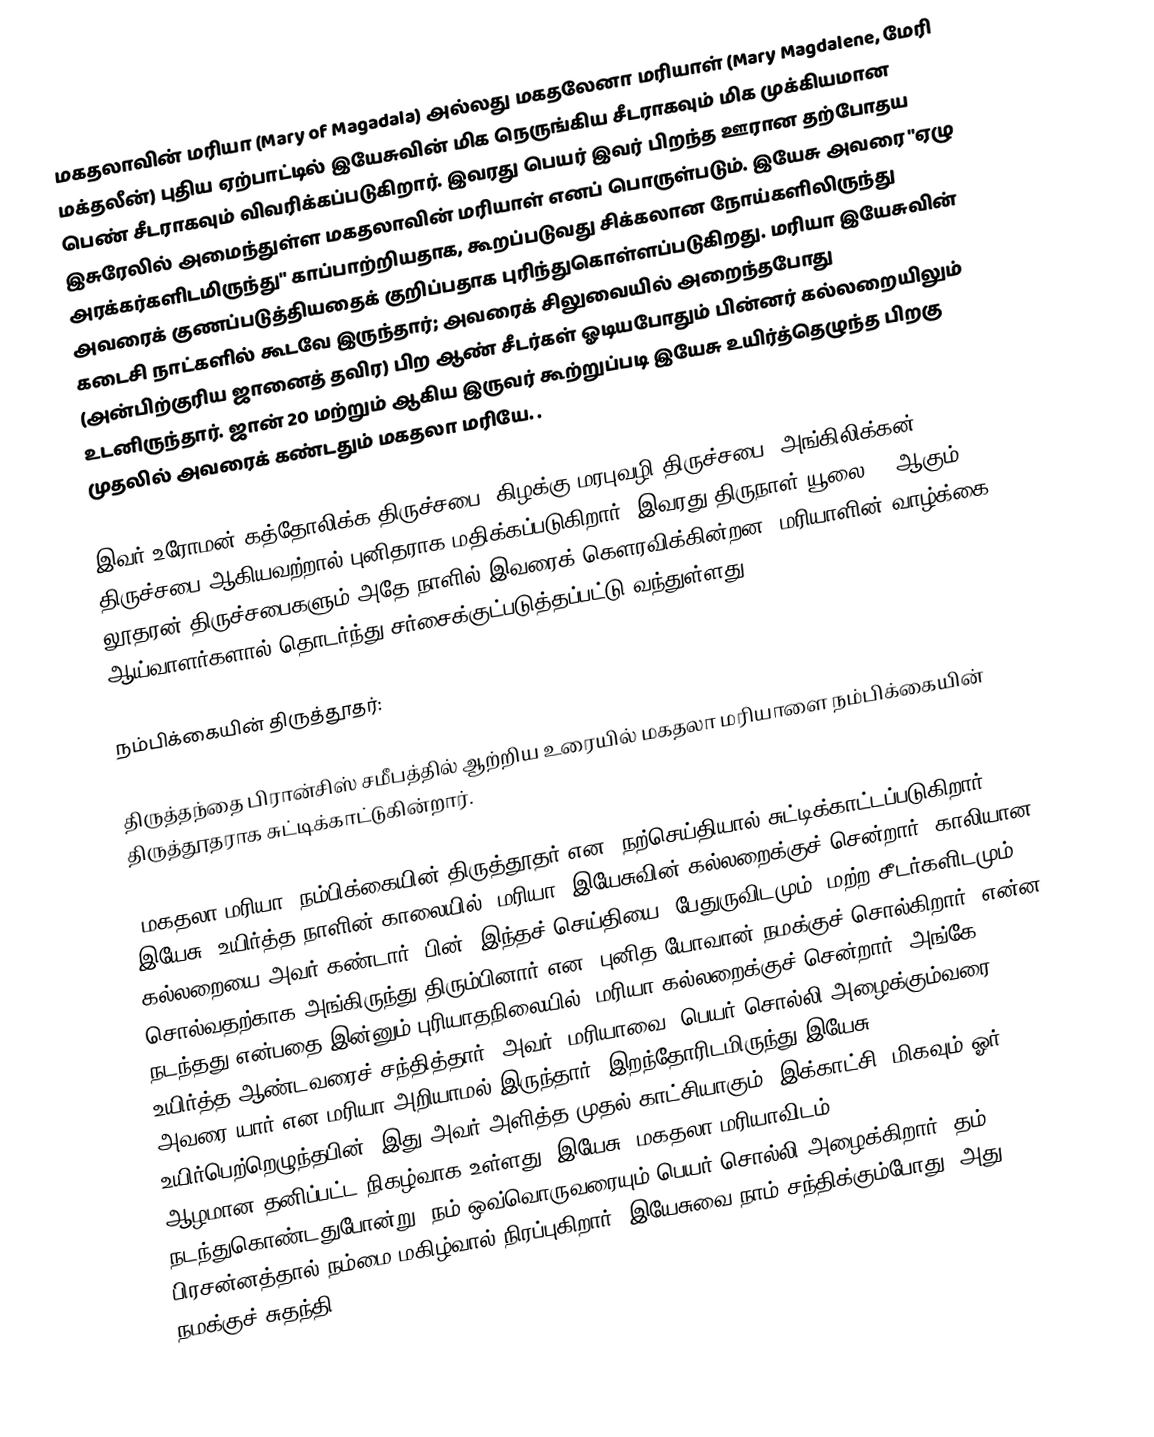
மகதலாவின் மரியா (Mary of Magadala) அல்லது மகதலேனா மரியாள் (Mary Magdalene, மேரி மக்தலீன்) புதிய ஏற்பாட்டில் இயேசுவின் மிக நெருங்கிய சீடராகவும் மிக முக்கியமான பெண் சீடராகவும் விவரிக்கப்படுகிறார். இவரது பெயர் இவர் பிறந்த ஊரான தற்போதய இசுரேலில் அமைந்துள்ள மகதலாவின் மரியாள் எனப் பொருள்படும். இயேசு அவரை  "ஏழு அரக்கர்களிடமிருந்து" காப்பாற்றியதாக,   கூறப்படுவது சிக்கலான நோய்களிலிருந்து அவரைக் குணப்படுத்தியதைக் குறிப்பதாக புரிந்துகொள்ளப்படுகிறது.  மரியா இயேசுவின் கடைசி நாட்களில் கூடவே இருந்தார்; அவரைக் சிலுவையில் அறைந்தபோது (அன்பிற்குரிய ஜானைத் தவிர) பிற ஆண் சீடர்கள் ஓடியபோதும் பின்னர் கல்லறையிலும் உடனிருந்தார்.  ஜான் 20  மற்றும்   ஆகிய இருவர் கூற்றுப்படி இயேசு  உயிர்த்தெழுந்த பிறகு முதலில் அவரைக் கண்டதும் மகதலா மரியே. .

இவர்  உரோமன் கத்தோலிக்க திருச்சபை, கிழக்கு மரபுவழி திருச்சபை, அங்கிலிக்கன் திருச்சபை ஆகியவற்றால்  புனிதராக மதிக்கப்படுகிறார். இவரது திருநாள் யூலை 22 ஆகும். லூதரன் திருச்சபைகளும் அதே நாளில் இவரைக் கௌரவிக்கின்றன.  மரியாளின் வாழ்க்கை ஆய்வாளர்களால் தொடர்ந்து சர்சைக்குட்படுத்தப்பட்டு வந்துள்ளது.

நம்பிக்கையின் திருத்தூதர்:

திருத்தந்தை பிரான்சிஸ் சமீபத்தில் ஆற்றிய உரையில் மகதலா மரியாளை நம்பிக்கையின் திருத்தூதராக சுட்டிக்காட்டுகின்றார்.

"மகதலா மரியா, நம்பிக்கையின் திருத்தூதர் என, நற்செய்தியால் சுட்டிக்காட்டப்படுகிறார். இயேசு, உயிர்த்த நாளின் காலையில், மரியா, இயேசுவின் கல்லறைக்குச் சென்றார், காலியான கல்லறையை அவர் கண்டார், பின், இந்தச் செய்தியை, பேதுருவிடமும், மற்ற சீடர்களிடமும் சொல்வதற்காக அங்கிருந்து திரும்பினார் என, புனித யோவான் நமக்குச் சொல்கிறார். என்ன நடந்தது என்பதை இன்னும் புரியாதநிலையில், மரியா கல்லறைக்குச் சென்றார், அங்கே உயிர்த்த ஆண்டவரைச் சந்தித்தார், அவர், மரியாவை, பெயர் சொல்லி அழைக்கும்வரை, அவரை யார் என மரியா அறியாமல் இருந்தார். இறந்தோரிடமிருந்து இயேசு உயிர்பெற்றெழுந்தபின், இது அவர் அளித்த முதல் காட்சியாகும். இக்காட்சி, மிகவும் ஓர் ஆழமான தனிப்பட்ட நிகழ்வாக உள்ளது. இயேசு, மகதலா மரியாவிடம் நடந்துகொண்டதுபோன்று, நம் ஒவ்வொருவரையும் பெயர் சொல்லி அழைக்கிறார். தம் பிரசன்னத்தால் நம்மை மகிழ்வால் நிரப்புகிறார். இயேசுவை நாம் சந்திக்கும்போது, அது நமக்குச் சுதந்தி